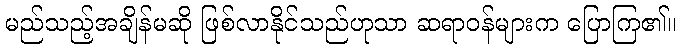
မည်သည့်အချိန်မဆို ဖြစ်လာနိုင်သည်ဟုသာ ဆရာဝန်များက ပြောကြ၏။